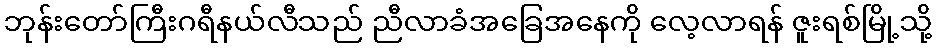
ဘုန်းတော်ကြီးဂရီနယ်လီသည် ညီလာခံအခြေအနေကို လေ့လာရန် ဇူးရစ်မြို့သို့